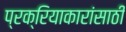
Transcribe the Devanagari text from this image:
प्रक्रियाकारांसाठी